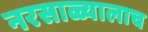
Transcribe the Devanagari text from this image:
नरसाळ्यालाच